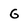
Character: G